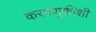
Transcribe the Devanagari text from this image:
करमणुकीशी